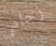
زحام